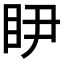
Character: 𭾥